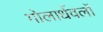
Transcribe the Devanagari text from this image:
गोलार्धवलों